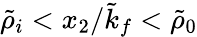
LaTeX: \tilde{\rho}_{i}<x_{2}/\tilde{k}_{f}<\tilde{\rho}_{0}